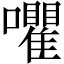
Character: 㘗